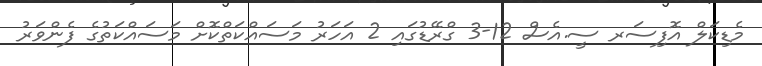
މެޑިކަލް އޮފިސަރ ސީ.އެސް 12-3 ގްރޭޑުގައި 2 އަހަރު މަސައްކަތްކޮށް މަސައްކަތުގެ ފެންވަރު